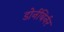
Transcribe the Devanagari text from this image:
डोर्नबिर्नर